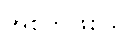
အစ်ကိုဖြစ်သူ